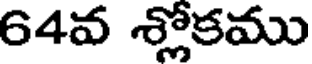
64వ శ్లోకము